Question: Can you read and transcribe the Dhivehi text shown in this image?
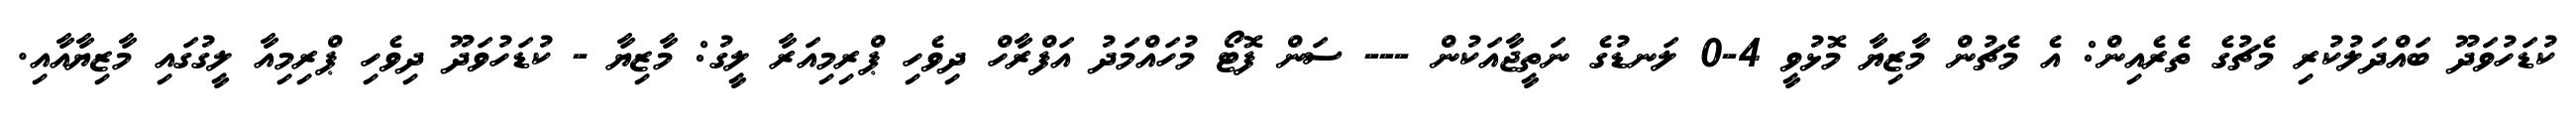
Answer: ކުޑަހުވަދޫ ބައްދަލުކުރި މެޗުގެ ތެރެއިން: އެ މެޗުން މާޒިޔާ މޮޅުވީ 4-0 ލަނޑުގެ ނަތީޖާއަކުން --- ސަން ފޮޓޯ މުހައްމަދު އަފްރާހް ދިވެހި ޕްރިމިއަރާ ލީގު: މާޒިޔާ - ކުޑަހުވަދޫ ދިވެހި ޕްރިމިއާ ލީގުގައި މާޒިޔާއާއި.